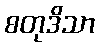
စတုဒိသာ